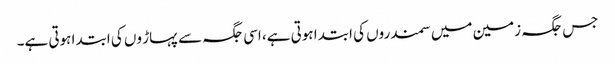
جس جگہ زمین میں سمندروں کی ابتدا ہوتی ہے، اسی جگہ سے پہاڑ وں کی ابتدا ہوتی ہے۔